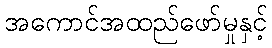
အကောင်အထည်ဖော်မှုနှင့်